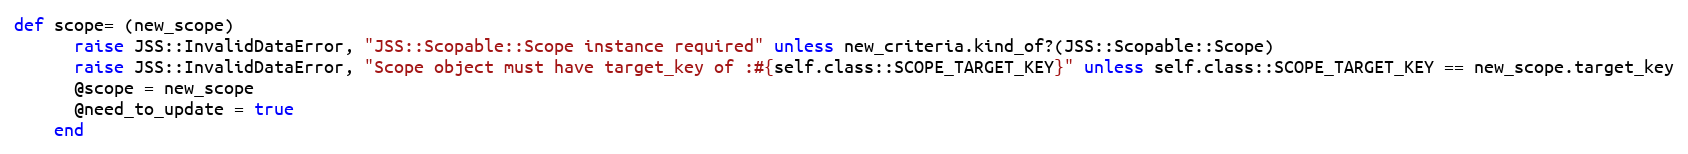
Language: Ruby
def scope= (new_scope)
      raise JSS::InvalidDataError, "JSS::Scopable::Scope instance required" unless new_criteria.kind_of?(JSS::Scopable::Scope)
      raise JSS::InvalidDataError, "Scope object must have target_key of :#{self.class::SCOPE_TARGET_KEY}" unless self.class::SCOPE_TARGET_KEY == new_scope.target_key
      @scope = new_scope
      @need_to_update = true
    end